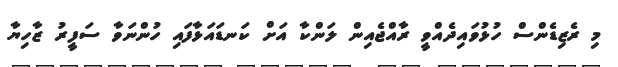
މި ރެޒިޑެންސް ހުޅުވައިދެއްވީ ރާއްޖެއިން ލަންކާ އަށް ކަނޑައަޅާފައި ހުންނަވާ ސަފީރު ޒާހިޔާ